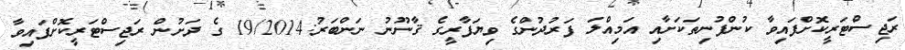
ރަޖިސްޓަރީކޮށްފައިވާ ކުންފުނިތަކަށާއި އަމިއްލަ ފަރުދުންގެ ވިޔަފާރީގެ ޤާނޫނު ނަންބަރު:19/2014 ގެ ދަށުން ރަޖިސްޓަރީކޮށްފައިވާ